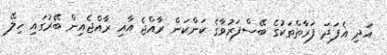
އަދި އެފަދަ ފަރާތްތަކުގެ ބޭސްފަރުވާގެ ކަންކަން ރާއްޖެ އާއި ރާއްޖެއިން ބޭރުގައި ހިލޭ